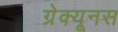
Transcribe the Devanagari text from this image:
ग्रेक्यूनस